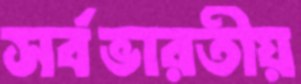
সর্বভারতীয়